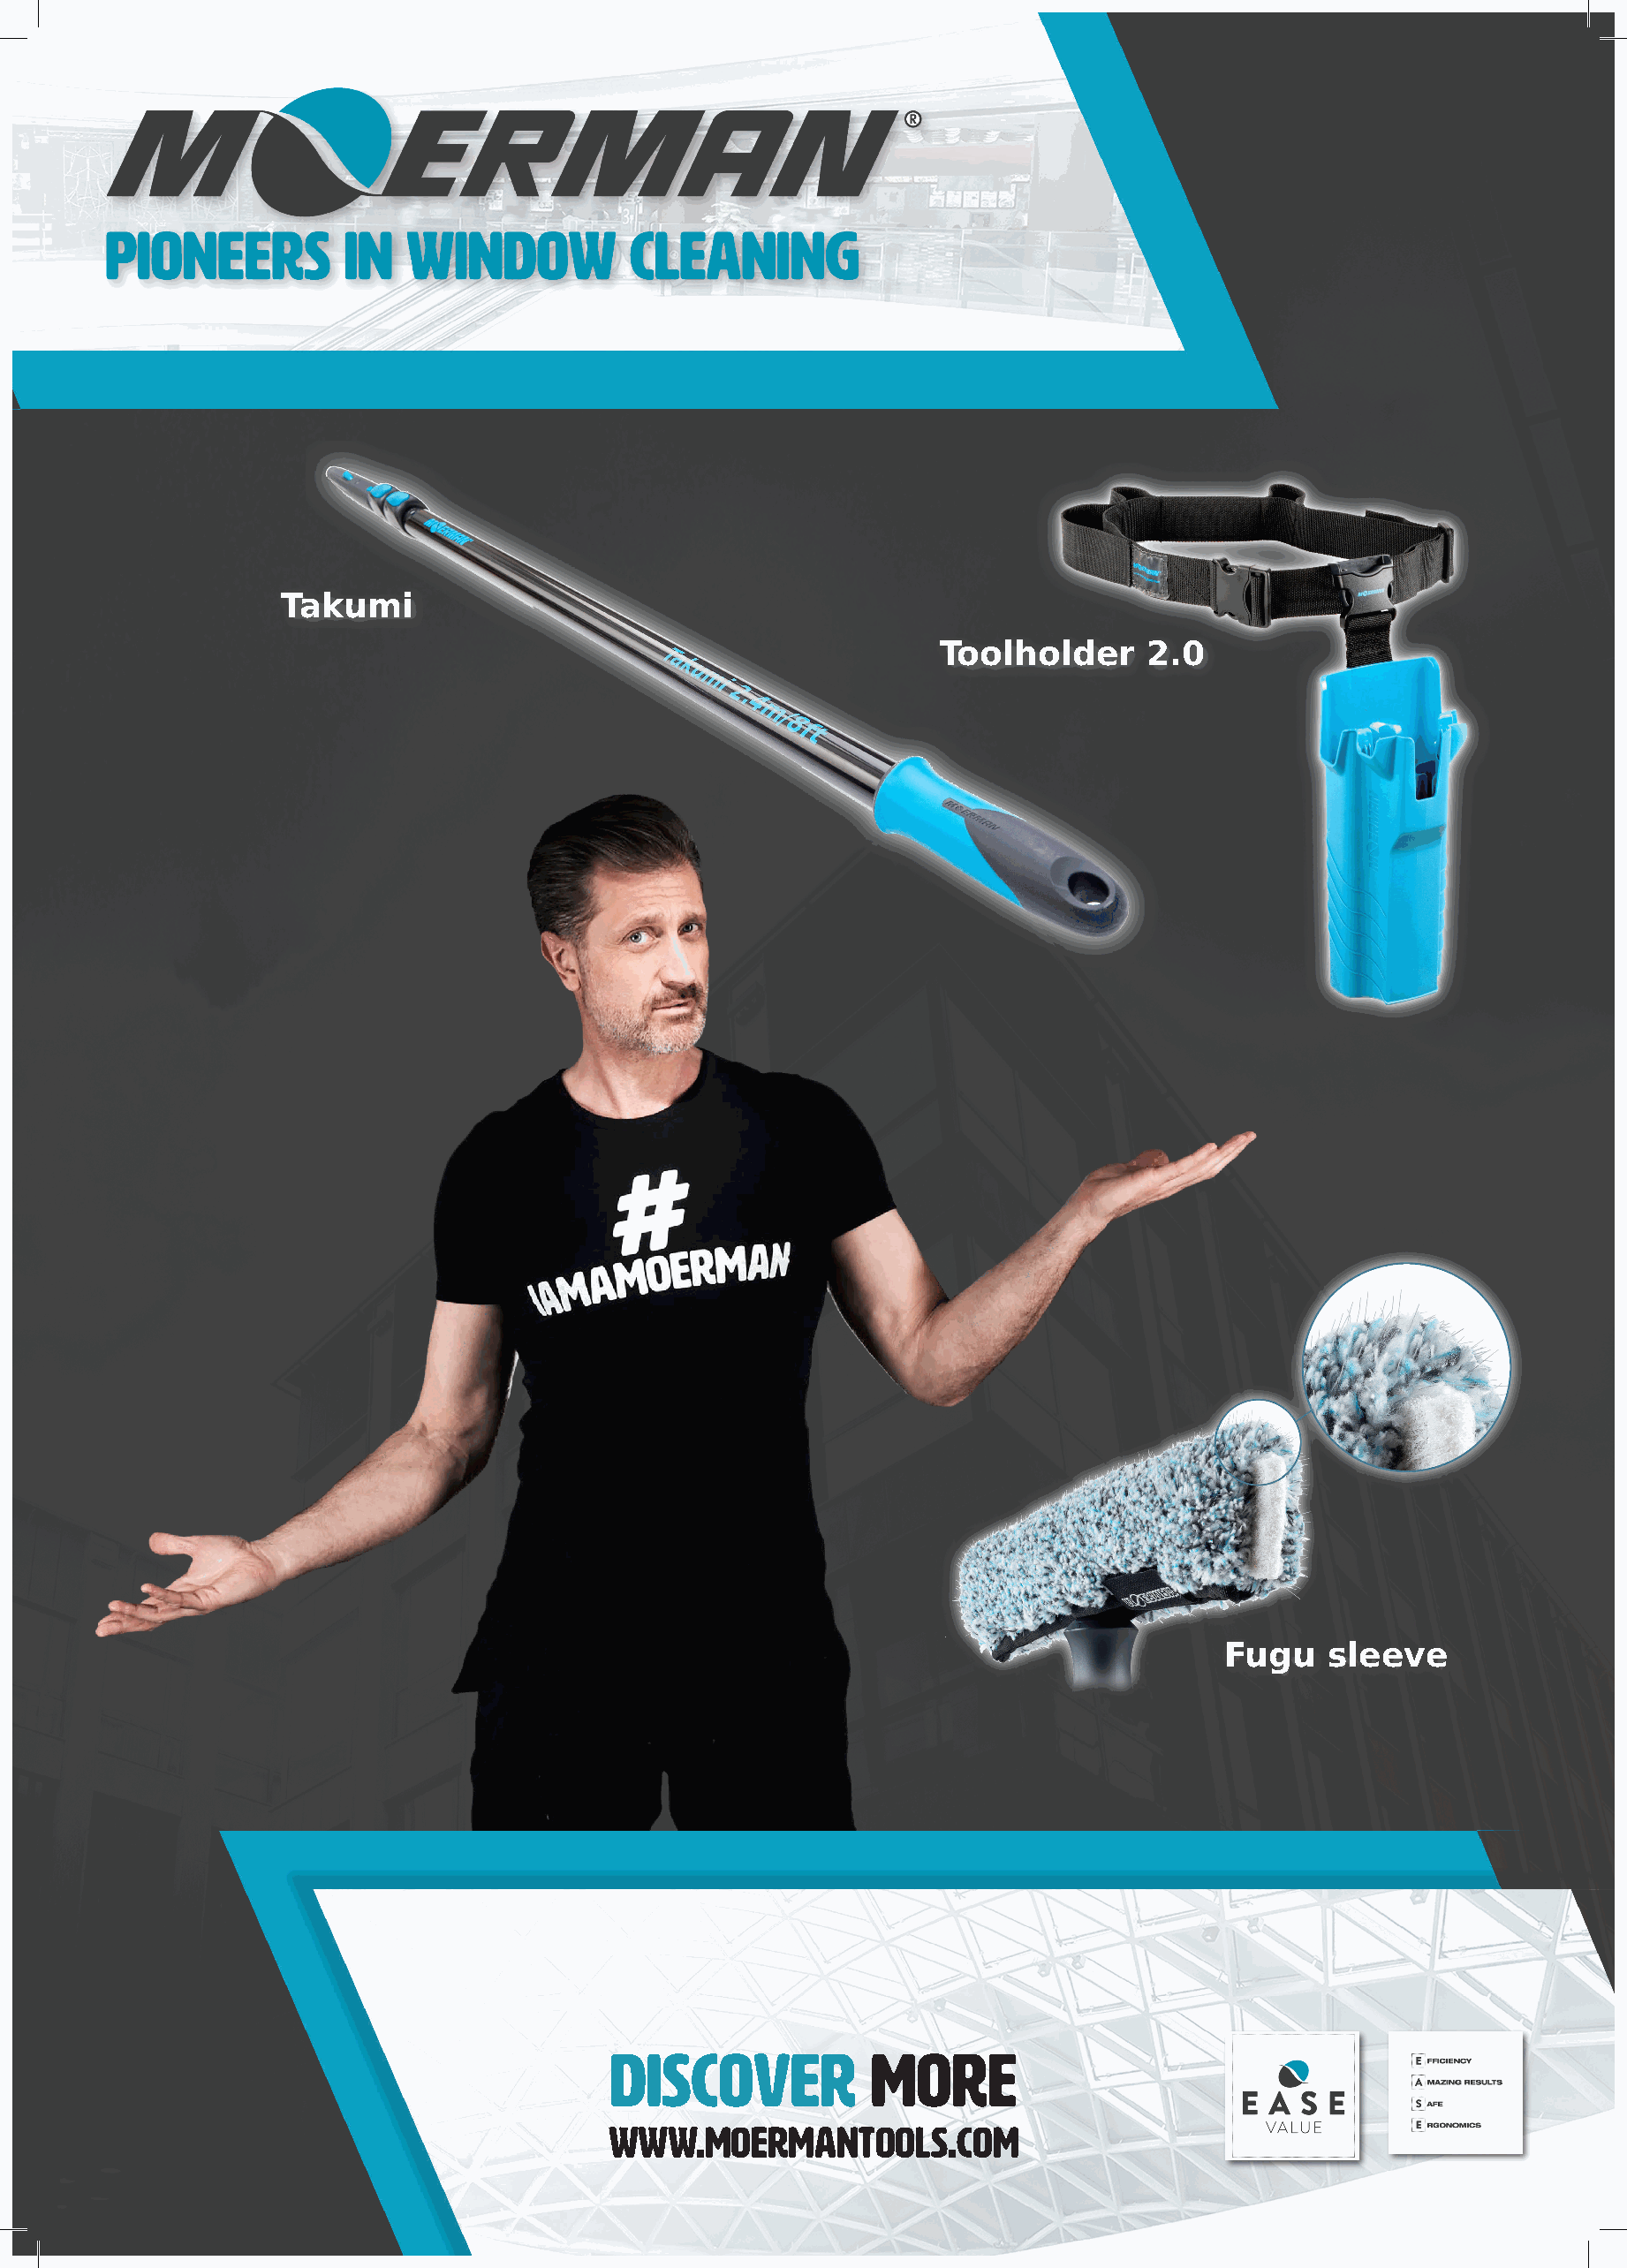
Takumi
 Toolholder      2.0
 Fugu   sleeve
 DISCOVER           MORE
 WWW.MOERMANTOOLS.COM